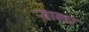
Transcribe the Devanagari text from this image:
ऱ्वान्डा